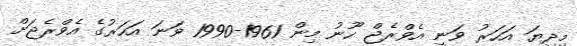
މިދިޔަ އަހަރު ވަނީ އެވްރެޖް ހޫނު މިން 1961-1990 ވަނަ އަހަރުގެ އެވްރެޖަށް